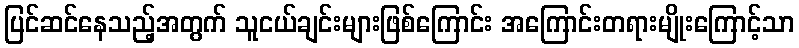
ပြင်ဆင်နေသည့်အတွက် သူငယ်ချင်းများဖြစ်ကြောင်း အကြောင်းတရားမျိုးကြောင့်သာ